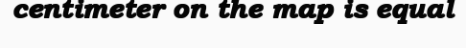
centimeter on the map is equal